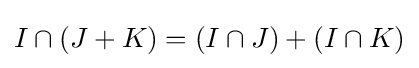
I\cap (J+K)=(I\cap J)+(I\cap K)